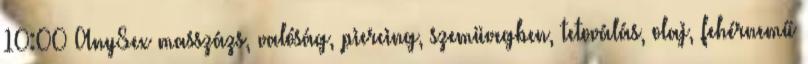
10:00 AnySex masszázs, valóság, piercing, szemüvegben, tetoválás, olaj, fehérnemű